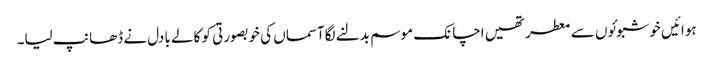
ہوائیں خوشبوئوں سے معطر تھیں اچانک موسم بدلنے لگاآسماں کی خوبصورتی کو کالے بادل نے ڈھانپ لیا۔